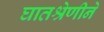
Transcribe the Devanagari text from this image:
घातश्रेणीने